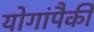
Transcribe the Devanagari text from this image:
योगांपैकी